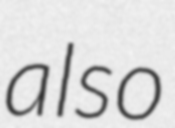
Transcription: also